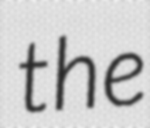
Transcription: the